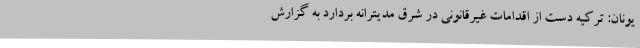
یونان: ترکیه دست از اقدامات غیرقانونی در شرق مدیترانه بردارد به گزارش